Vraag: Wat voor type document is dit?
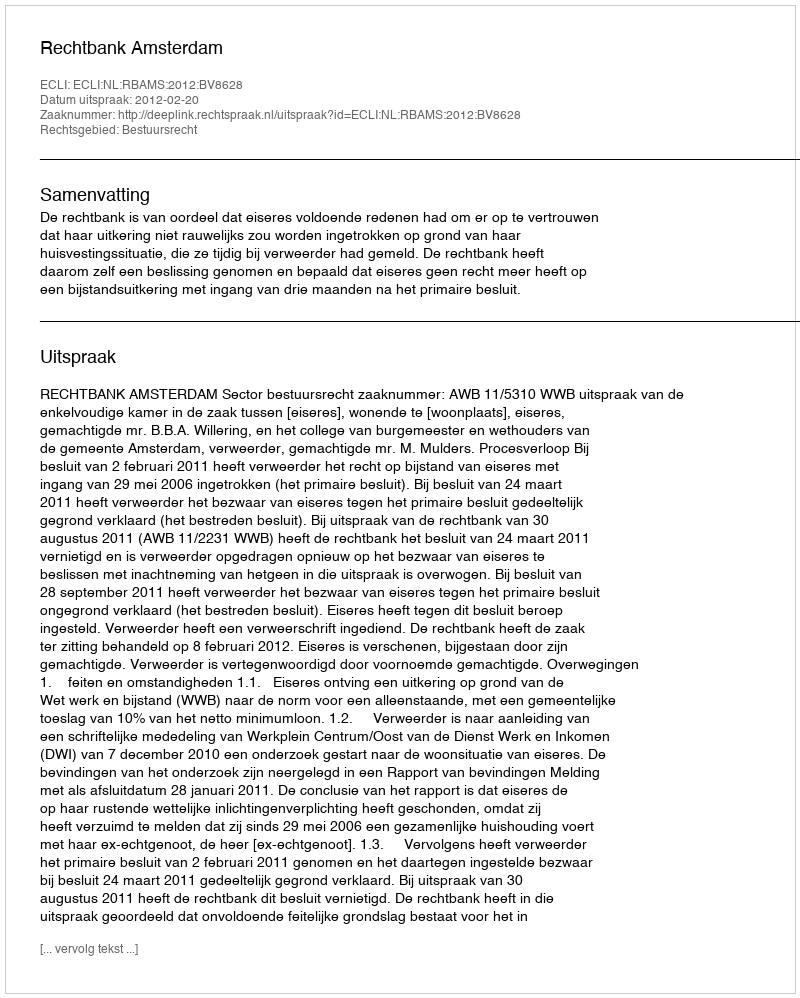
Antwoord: Uitspraak